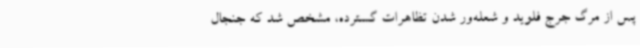
پس از مرگ جرج فلوید و شعله‌ور شدن تظاهرات گسترده، مشخص شد که جنجال